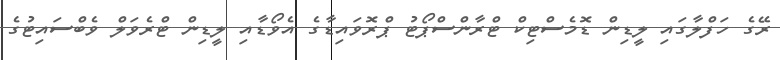
ރޭގެ ހަފްލާގައި ލީޑިން ޑޮމެސްޓިކް ޓްރާންސްޕޯޓު ޕްރޮވައިޑާގެ އެވޯޑާއި ލީޑިން ޓްރެވަލް ވެބްސައިޓުގެ